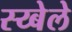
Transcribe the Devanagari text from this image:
स्य्बेले